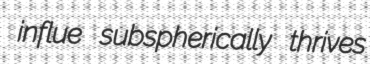
influe subspherically thrives